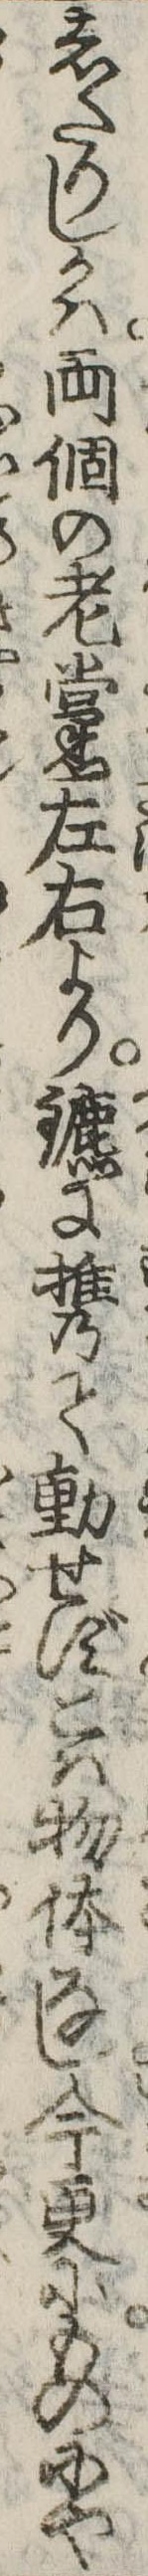
したりしかは両個の老黨左右よりに携て動せずこは物体なし今更にものにや